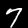
Digit: 7